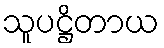
သူပဋ္ဌိတာယ